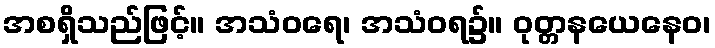
အစရှိသည်ဖြင့်။ အသံဝရေ၊ အသံဝရ၌။ ဝုတ္တနယေနေဝ၊